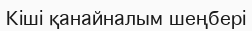
Кіші қанайналым шеңбері